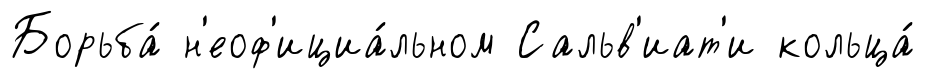
Борьба́ н'еоф'ициа́льном Сальв'иат'и кольца́